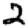
Digit: 2